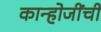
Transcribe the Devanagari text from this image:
कान्होजींची